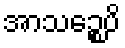
အာသဉ္စေပိ